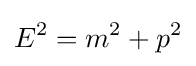
E^{2}=m^{2}+p^{2}